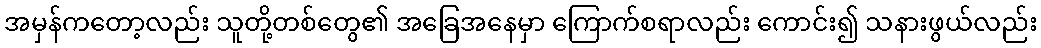
အမှန်ကတော့လည်း သူတို့တစ်တွေ၏ အခြေအနေမှာ ကြောက်စရာလည်း ကောင်း၍ သနားဖွယ်လည်း